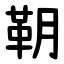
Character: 䩗